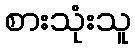
စားသုံးသူ